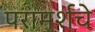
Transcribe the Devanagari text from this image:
परामर्शचे